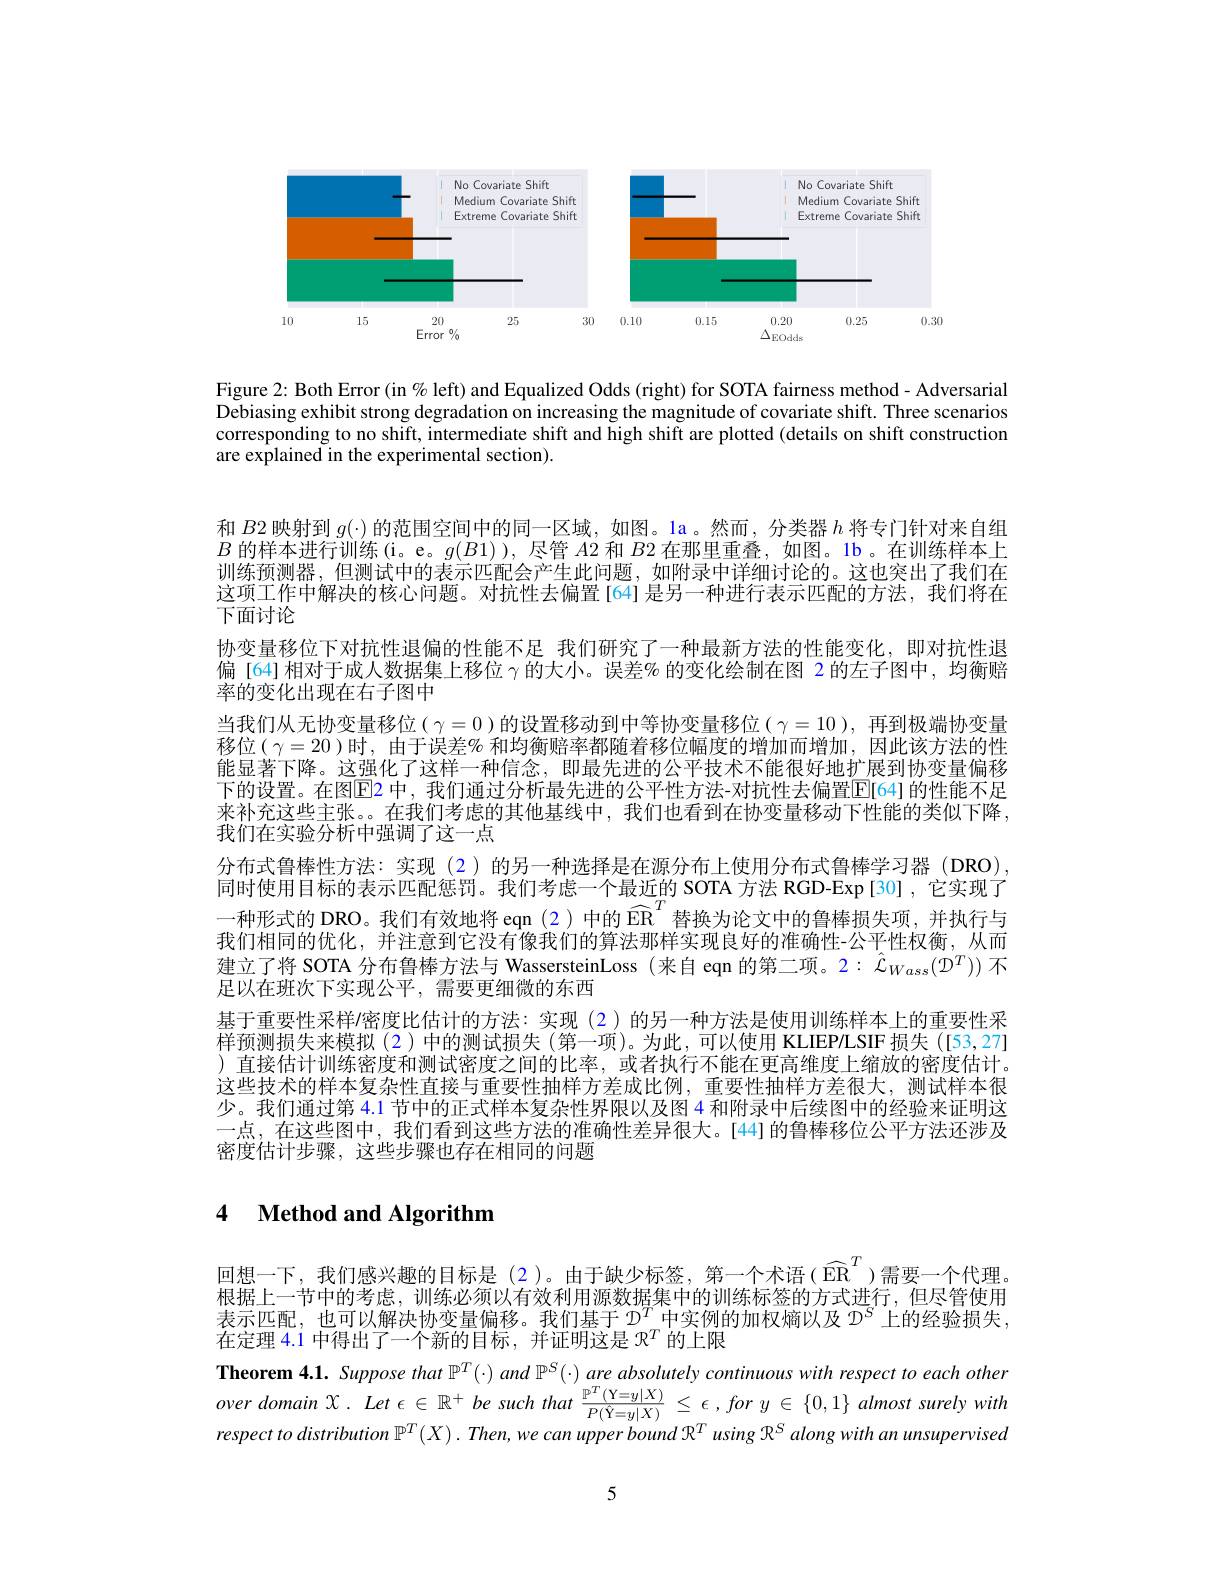
<FigureHere>

Figure 2: Both Error (in % left) and Equalized Odds (right) for SOTA fairness method- Adversarial Debiasing exhibit strong degradation on increasing the magnitude of covariate shift. Three scenarios corresponding to no shift, intermediate shift and high shift are plotted (details on shift construction are explained in the experimental section).

和$B$2 映射到$g(\cdot)$的范围空间中的同一区域，如图。1a。然而，分类器$h$将专门针对来自组$B$的样本进行训练(i。e。$g(B1)$),尽管$A$2 和$B$2 在那里重叠，如图。1b。在训练样本上训练预测器，但测试中的表示匹配会产生此问题，如附录中详细讨论的。这也突出了我们在这项工作中解决的核心问题。对抗性去偏置[64] 是另一种进行表示匹配的方法，我们将在下面讨论
协变量移位下对抗性退偏的性能不足 我们研究了一种最新方法的性能变化，即对抗性退偏[64]相对于成人数据集上移位$\gamma$的大小。误差%的变化绘制在图 2 的左子图中，均衡赔率的变化出现在右子图中
当我们从无协变量移位( $\gamma=0$ )的设置移动到中等协变量移位( $\gamma=10$ ),再到极端协变量移位( $\gamma=20$ )时，由于误差% 和均衡赔率都随着移位幅度的增加而增加，因此该方法的性能显著下降。这强化了这样一种信念，即最先进的公平技术不能很好地扩展到协变量偏移下的设置。在图$\color{red}{\mathrm{E}}$2 中，我们通过分析最先进的公平性方法-对抗性去偏置$\color{red}{\mathrm{E}}$[64] 的性能不足来补充这些主张。在我们考虑的其他基线中，我们也看到在协变量移动下性能的类似下降， 我们在实验分析中强调了这一点
分布式鲁棒性方法：实现(2)的另一种选择是在源分布上使用分布式鲁棒学习器(DRO), 同时使用目标的表示匹配惩罚。我们考虑一个最近的 SOTA 方法 RGD-Exp[30] ,它实现了一种形式的 DRO。我们有效地将 eqn (2)中的 ER 替换为论文中的鲁棒损失项，并执行与我们相同的优化，并注意到它没有像我们的算法那样实现良好的准确性-公平性权衡，从而建立了将 SOTA 分布鲁棒方法与 WassersteinLoss (来自 eqn 的第二项。2: $\hat{\mathcal{L}}_{Wass}(\mathcal{D}^T))$不足以在班次下实现公平，需要更细微的东西
基于重要性采样/密度比估计的方法：实现 (2)的另一种方法是使用训练样本上的重要性采样预测损失来模拟(2)中的测试损失(第一项)。为此，可以使用 KLIEP/LSIF 损失([53,27] )直接估计训练密度和测试密度之间的比率，或者执行不能在更高维度上缩放的密度估计。这些技术的样本复杂性直接与重要性抽样方差成比例，重要性抽样方差很大，测试样本很少。我们通过第 4.1 节中的正式样本复杂性界限以及图 4 和附录中后续图中的经验来证明这一点，在这些图中，我们看到这些方法的准确性差异很大。[44]的鲁棒移位公平方法还涉及密度估计步骤，这些步骤也存在相同的问题

# 4 Method and Algorithm

回想一下，我们感兴趣的目标是(2)。由于缺少标签，第一个术语($\widehat{\mathbb{ER}}^T$)需要一个代理。根据上一节中的考虑，训练必须以有效利用源数据集中的训练标签的方式进行，但尽管使用表示匹配，也可以解决协变量偏移。我们基于$D^T$中实例的加权熵以及$D^S$上的经验损失， 在定理 4.1 中得出了一个新的目标，并证明这是$\mathbb{R}^T$的上限
$\textbf{Theorem 4. 1.  Suppose that }\mathbb{P} ^{T}( \cdot )$ and $\mathbb{P} ^{S}( \cdot )$ are absolutely continuous with respect $to$ each other over domain $\chi .$ $Let\epsilon \in \mathbb{R} ^{+ }$ $be$ such that $\frac {\mathbb{P} ^{T}( \mathbf{Y} = y| X) }{P( \hat{\Upsilon } = y| X) }\leq \epsilon$ $, for$ $y\in \{ 0, 1\}$ almost surely with respect $to$ distribution $\mathbb{P} ^{}$

5